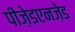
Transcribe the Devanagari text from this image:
पीज़ेडएनज़ेड